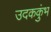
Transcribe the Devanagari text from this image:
उदककुंभ